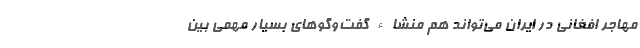
مهاجر افغانی در ایران می‌تواند هم منشاء گفت‌وگو‌های بسیار مهمی بین